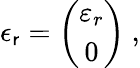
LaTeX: \epsilon_{\mathsf{r}}=\left(\begin{array}{c}{{\varepsilon_{r}}}\\ {{0}}\end{array}\right)\ ,